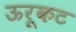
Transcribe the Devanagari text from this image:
ऊरूकट